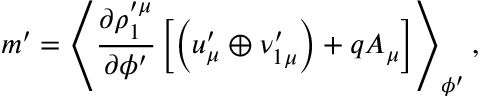
m ^ { \prime } = \left\langle \frac { \partial \rho _ { 1 } ^ { \prime \mu } } { \partial \phi ^ { \prime } } \left[ \left( u _ { \mu } ^ { \prime } \oplus \nu _ { 1 \mu } ^ { \prime } \right) + q A _ { \mu } \right] \right\rangle _ { \phi ^ { \prime } } ,